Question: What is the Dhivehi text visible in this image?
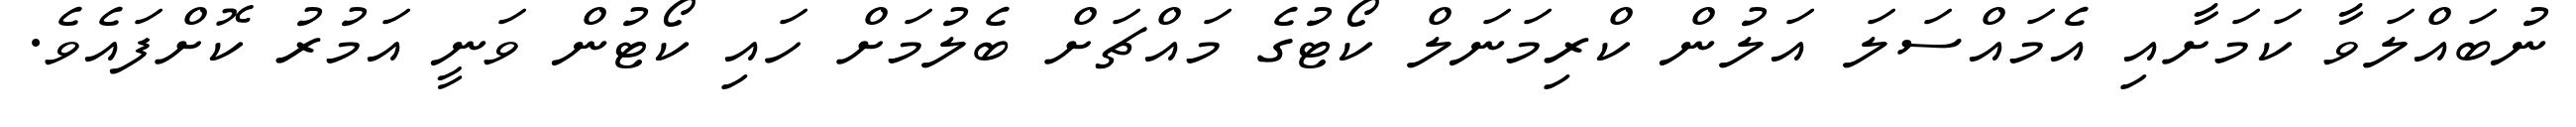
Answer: ނުބައްލަވާ ކަމަށާއި އެމައްސަލަ އަލުން ކްރިމަނަލް ކޯޓުގެ މައްޗަށް ބެލުމަށް ހައި ކޯޓުން ވަނީ އަމުރު ކޮށްފައެވެ.